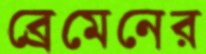
ব্রেমেনের